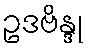
ဥဒဗိန္ဒု